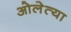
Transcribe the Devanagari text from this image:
ओलेत्या